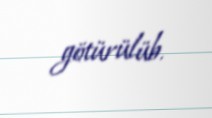
götürülüb.